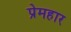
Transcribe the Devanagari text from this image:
प्रेमहार